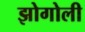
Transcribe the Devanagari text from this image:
झोगोली